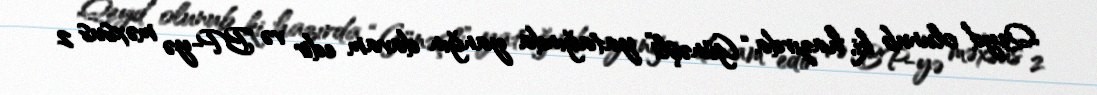
Qeyd olunub ki, hazırda “Günəşli” yatağında yanğın davam edir və BP-yə məxsus 2